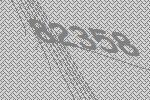
82358